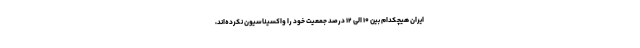
ایران هیچکدام بین ۱۰ الی ۱۲ درصد جمعیت خود را واکسیناسیون نکرده‌اند،